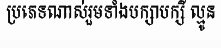
ប្រភេទណាស់រួមទាំងបក្សាបក្សី ល្មូន